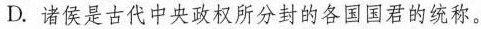
D.诸侯是古代中央政权所分封的各国国君的统称。